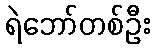
ရဲဘော်တစ်ဦး